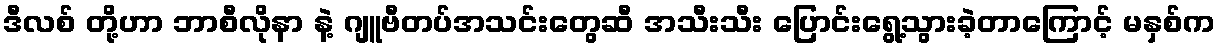
ဒီလစ် တို့ဟာ ဘာစီလိုနာ နဲ့ ဂျူဗီတပ်အသင်းတွေဆီ အသီးသီး ပြောင်းရွေ့သွားခဲ့တာကြောင့် မနှစ်က